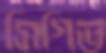
সিগিভ